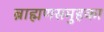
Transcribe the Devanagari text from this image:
ब्राह्मणसमुहका